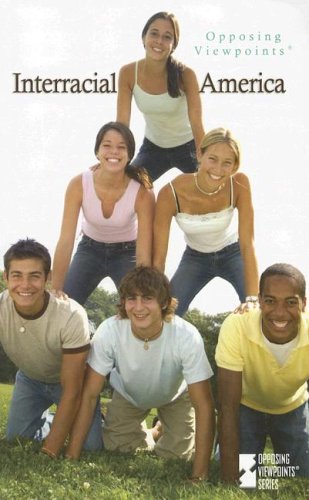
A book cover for Interracial America (Opposing Viewpoints); Eleanor Stanford; Teen & Young Adult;